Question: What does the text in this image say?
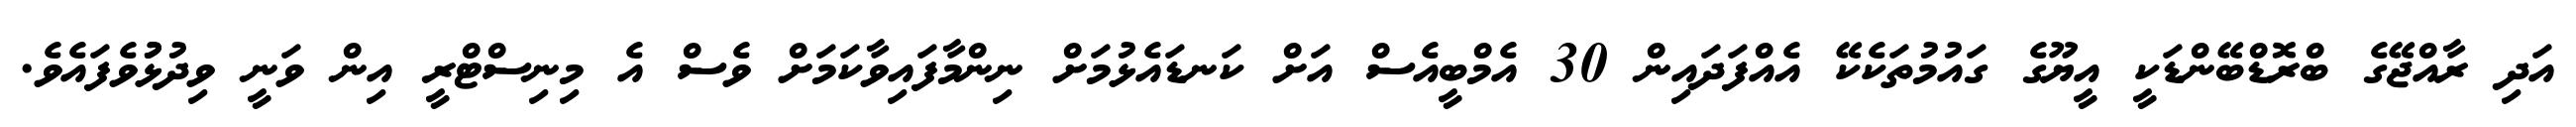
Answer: އަދި ރާއްޖޭގެ ބްރޮޑްބޭންޑަކީ އީޔޫގެ ގައުމުތަކެކޭ އެއްފަދައިން 30 އެމްބީއެސް އަށް ކަނޑައެޅުމަށް ނިންމާފައިވާކަމަށް ވެސް އެ މިނިސްޓްރީ އިން ވަނީ ވިދުޅުުވެފައެވެ.